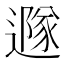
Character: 𨗎